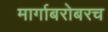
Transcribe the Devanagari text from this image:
मार्गाबरोबरच